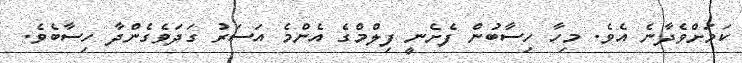
ކަމަށްވެދާނެ އެވެ. މިހާ ހިސާބުން ފެށެނީ ފިލްމްގެ އެންމެ އަސަރު ގަދަވެގެންދާ ހިސާބެވެ.